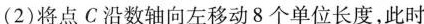
（2）将点C沿数轴向左移动8个单位长度，此时